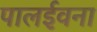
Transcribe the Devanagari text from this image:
पालईवना